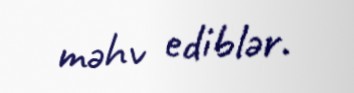
məhv ediblər.